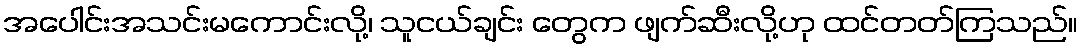
အပေါင်းအသင်းမကောင်းလို့၊ သူငယ်ချင်း တွေက ဖျက်ဆီးလို့ဟု ထင်တတ်ကြသည်။